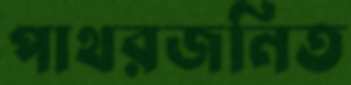
পাথরজনিত